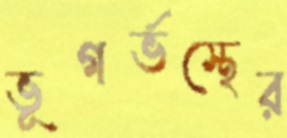
ভূগর্ভস্থের